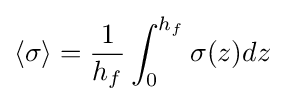
\langle \sigma \rangle ={\frac {1}{h_{f}}}\int _{0}^{h_{f}}\sigma (z)dz